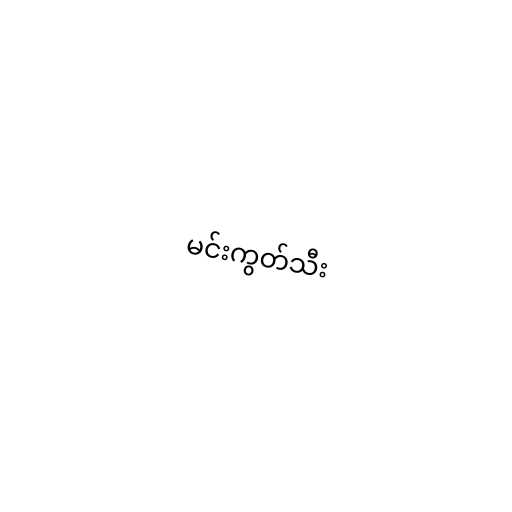
မင်းကွတ်သီး